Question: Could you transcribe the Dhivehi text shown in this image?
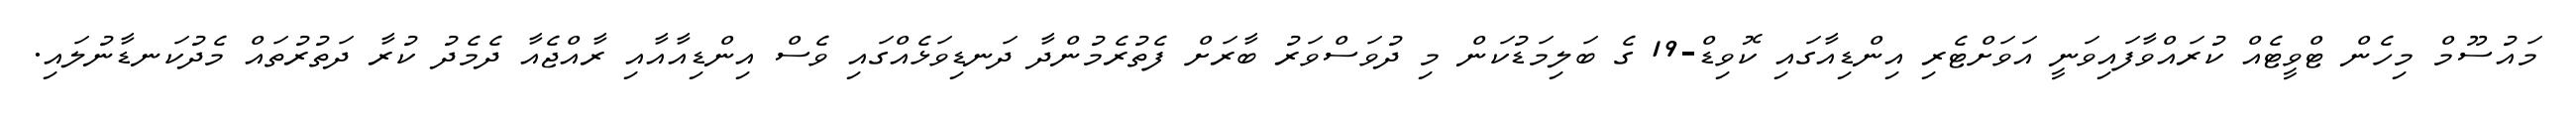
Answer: މައުސޫމް މިހެން ޓްވީޓެއް ކުރައްވާފައިވަނީ އަވަށްޓެރި އިންޑިއާގައި ކޮވިޑް-19 ގެ ބަލިމަޑުކަން މި ދުވަސްވަރު ބާރަށް ފެތުރެމުންދާ ދަނޑިވަޅެއްގައި ވެސް އިންޑިއާއާއި ރާއްޖެއާ ދެމެދު ކުރާ ދަތުރުތައް މެދުކަނޑާނުލައި.